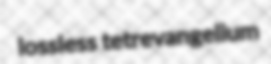
lossless tetrevangelium